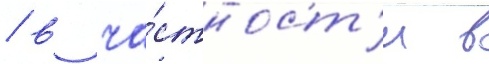
/ в ча́стност'и в